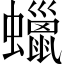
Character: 蠟